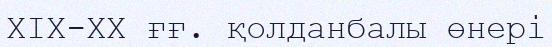
ХІХ-XX ғғ. қолданбалы өнері